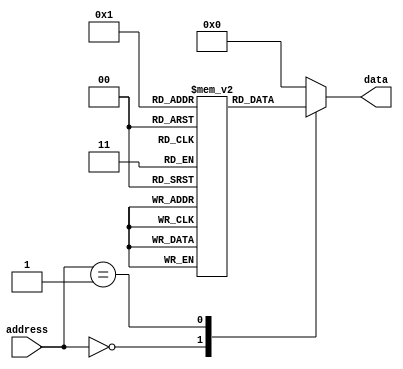
module rom (
    input [7:0] address,
    output reg [7:0] data
);

reg [7:0] rom_data [0:255]; // Define the data stored in the ROM

initial begin
    // Initialize ROM data values
    rom_data[0] = 8'h01;
    rom_data[1] = 8'h02;
    // Add more data values as needed
end

always @(*) begin
    case(address)
        8'h00: data = rom_data[0];
        8'h01: data = rom_data[1];
        // Add more address-data mappings as needed
        default: data = 8'h00; // Default value if address is not found
    endcase
end

endmodule